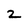
Character: 2